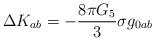
LaTeX: \begin{align*}\Delta K_{ab}=-\frac{8 \pi G_5}{3}\sigma g_{0ab}\end{align*}